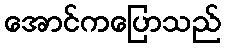
အောင်ကပြောသည်